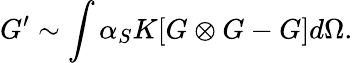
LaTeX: G^{\prime}\sim\int\alpha_{S}K[G\otimes G-G]d\Omega.